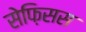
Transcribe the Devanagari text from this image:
सेफ़िसस